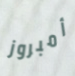
أمبروز